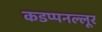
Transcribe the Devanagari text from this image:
कडप्पनल्लूर